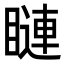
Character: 𥊩